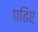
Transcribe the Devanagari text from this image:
पढिए